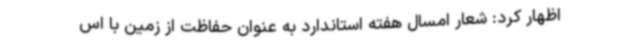
اظهار کرد: شعار امسال هفته استاندارد به عنوان حفاظت از زمین با اس